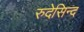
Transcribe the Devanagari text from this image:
रुदेसिन्द